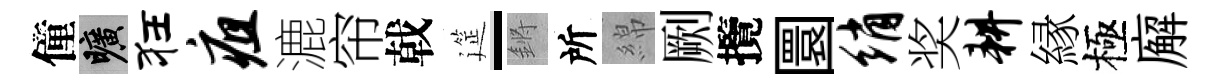
僮曠狂疽漉帘戟筵-鏘所綿劂攬圜绡奖耕縁極廨